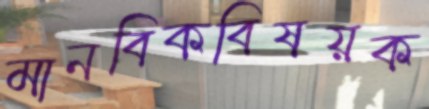
মানবিকবিষয়ক